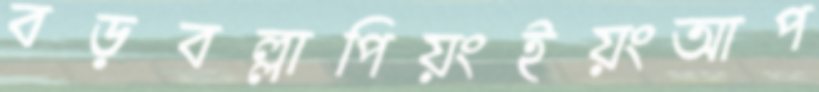
বড়বল্লাপিয়ংইয়ংআপ